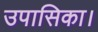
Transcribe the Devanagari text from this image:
उपासिका।